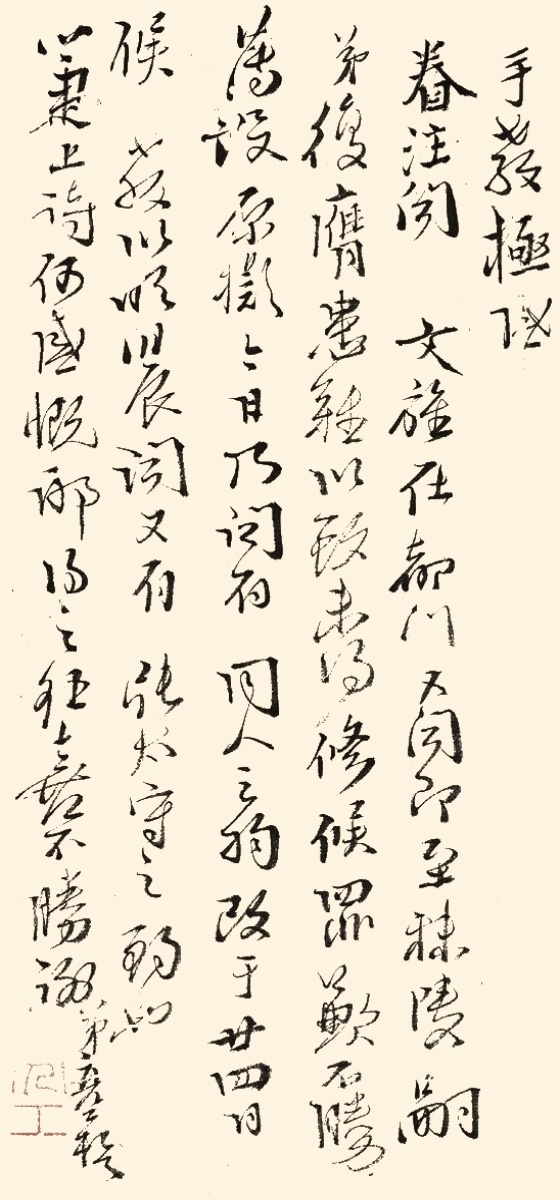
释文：1.手教极感眷注。闻文旌在都门，又闻即至秣陵，嗣弟复膺患难，以致未得修候，罪歉不胜。薄设原拟今日，乃闻有同人之约，改于廿四日候教。以明晨闻又有张太守之酌也。箑上诗何感慨耶，得之狂喜，不胜谢。2.通家弟周亮工拜。